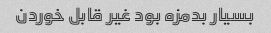
بسیار بدمزه بود غیر قابل خوردن